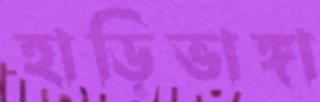
হাড়িভাঙ্গা